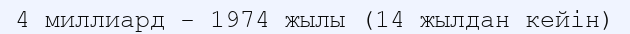
4 миллиард - 1974 жылы (14 жылдан кейін)